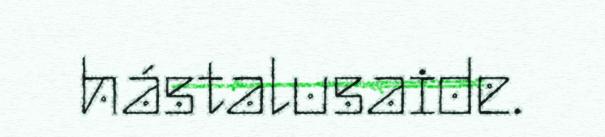
hástalusaide.